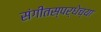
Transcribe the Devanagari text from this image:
संगीतस्पर्धेच्या